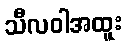
သီလဝါအထူး